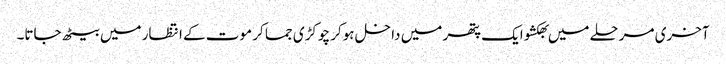
آخری مرحلے میں بھکشو ایک پتھر میں داخل ہوکر چوکڑی جما کر موت کے انتظار میں بیٹھ جاتا۔